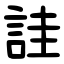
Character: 詿